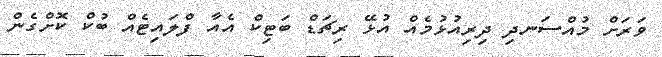
ވަރަށް މުއްސަނދި ދިރިއުޅުމެއް އުޅޭ ރިޗަޑް ބަޓިކް އެއާ ފްލައިޓެއް ބުކް ކޮށްގެން